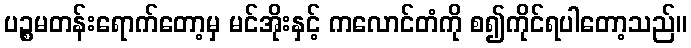
ပဉ္စမတန်းရောက်တော့မှ မင်အိုးနှင့် ကလောင်တံကို စ၍ကိုင်ရပါတော့သည်။